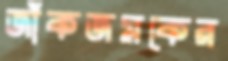
জাঁকজমকের